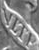
VITE